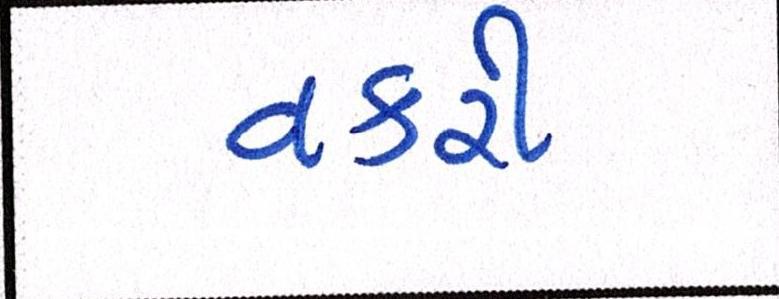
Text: વકરી